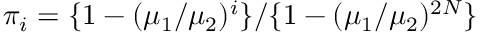
\pi _ { i } = \{ 1 - ( \mu _ { 1 } / \mu _ { 2 } ) ^ { i } \} / \{ 1 - ( \mu _ { 1 } / \mu _ { 2 } ) ^ { 2 N } \}